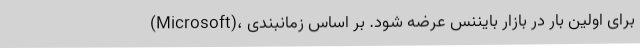
(Microsoft)، برای اولین بار در بازار بایننس عرضه شود. بر اساس زمانبندی